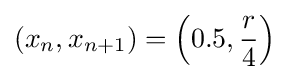
{\displaystyle (x_{n},x_{n+1})=\left(0.5,{\frac {r}{4}}\right)}